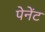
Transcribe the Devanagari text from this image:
पेनेंट